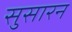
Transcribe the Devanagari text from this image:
सुसारन